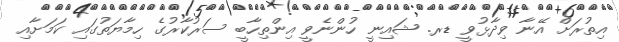
އިތުރަށް އޭނާ ވިދާޅުވީ ޑރ. ޝައިނީ ހުންނެވީ އިންތިހާބީ ސަރުކާރުގެ ހިމާޔަތުގައި ކަމަށާއި